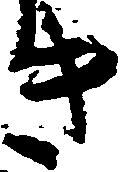
き